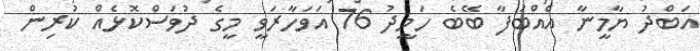
އަބްދު ޔާމީނާ އެއްބަފާ ބޭބެ ހަމީދު 76 އަވަހާރަވީ މީގެ ދުވަސްކޮޅެއް ކުރިން